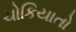
ચોકિયાતો